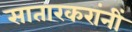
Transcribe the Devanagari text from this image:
सातारकरांनीं